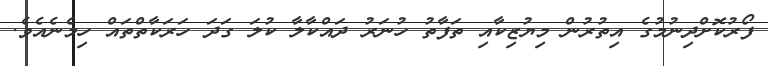
ފޯރުކޮށްދިނުމުގެ އިތުރުން މިޔުޒިކާއި ތަފާތު ހުނަރު ދައްކާލާ ކުލަ ގަދަ ހަރަކާތްތައް ހިމެނެއެވެ.